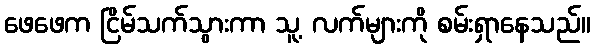
ဖေဖေက ငြိမ်သက်သွားကာ သူ့ လက်များကို စမ်းရှာနေသည်။